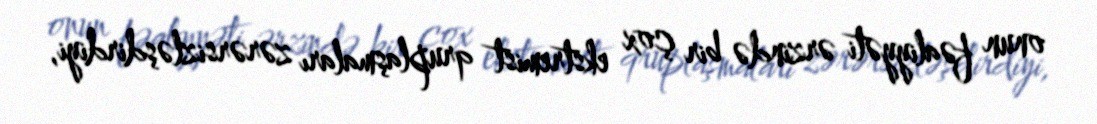
onun fəaliyyəti ərzində bir çox ekstremist qruplaşmaları zərərsizləşdirdiyi,